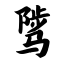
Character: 骘